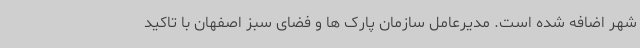
شهر اضافه شده است. مدیرعامل سازمان پارک ها و فضای سبز اصفهان با تاکید